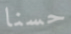
حسنا